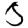
Digit: 5